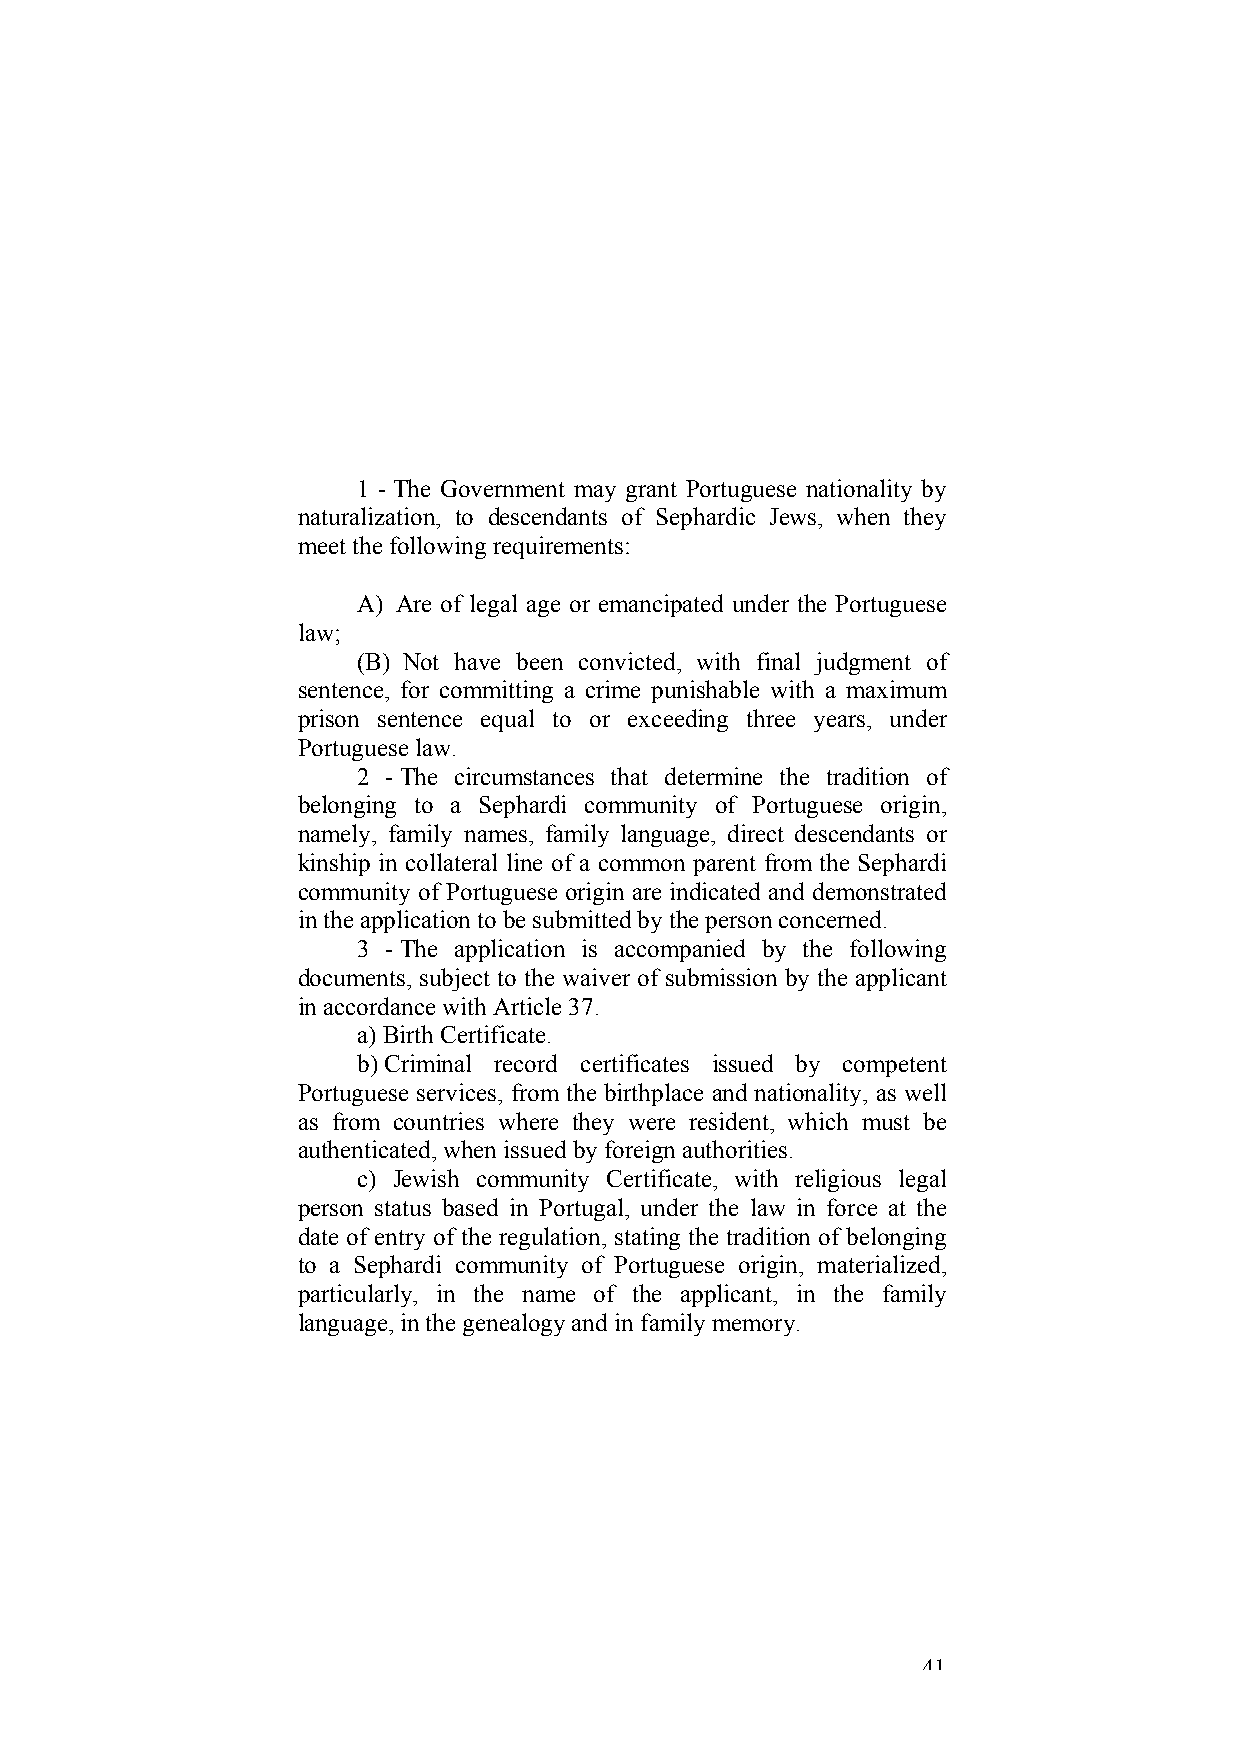
1 - The Government may grant Portuguese nationality by
 naturalization, to descendants of Sephardic Jews, when they
 meet the following requirements:
 A) Are of legal age or emancipated under the Portuguese
 law;
 (B) Not have been convicted, with final judgment of
 sentence, for committing a crime punishable with a maximum
 prison sentence equal to or exceeding three years, under
 Portuguese law.
 2 - The circumstances that determine the tradition of
 belonging to a Sephardi community of Portuguese origin,
 namely, family names, family language, direct descendants or
 kinship in collateral line of a common parent from the Sephardi
 community of Portuguese origin are indicated and demonstrated
 in the application to be submitted by the person concerned.
 3 - The application is accompanied by the following
 documents, subject to the waiver of submission by the applicant
 in accordance with Article 37.
 a) Birth Certificate.
 b) Criminal record certificates issued by competent
 Portuguese services, from the birthplace and nationality, as well
 as from countries where they were resident, which must be
 authenticated, when issued by foreign authorities.
 c) Jewish community Certificate, with religious legal
 person status based in Portugal, under the law in force at the
 date of entry of the regulation, stating the tradition of belonging
 to a Sephardi community of Portuguese origin, materialized,
 particularly, in the name of the applicant, in the family
 language, in the genealogy and in family memory.
 41